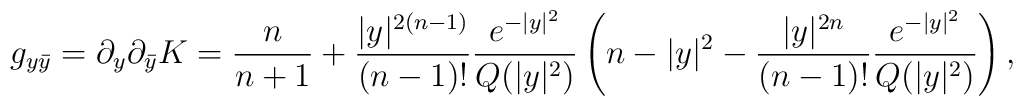
g_{y\bar{y}}=\partial_y\partial_{\bar{y}}K=\frac n{n+1}+{|y|^{2(n-1)}\over(n-1)!}{e^{-|y|^2}\over Q(|y|^2)}\left(n-|y|^2-{|y|^{2n}\over(n-1)!}{e^{-|y|^2}\over Q(|y|^2)}\right),